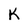
Character: K